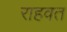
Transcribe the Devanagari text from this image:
राहवत